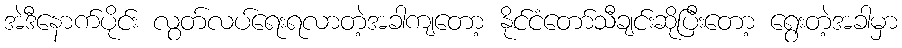
အဲဒီနောက်ပိုင်း လွတ်လပ်ရေးရလာတဲ့အခါကျတော့ နိုင်ငံတော်သီချင်းဆိုပြီးတော့ ရွေးတဲ့အခါမှာ